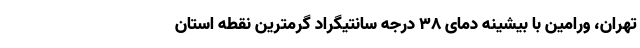
تهران، ورامین با بیشینه دمای ۳۸ درجه سانتیگراد گرمترین نقطه استان